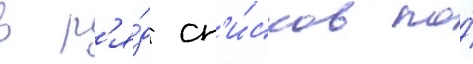
в р'я́д сп'и́сков по́